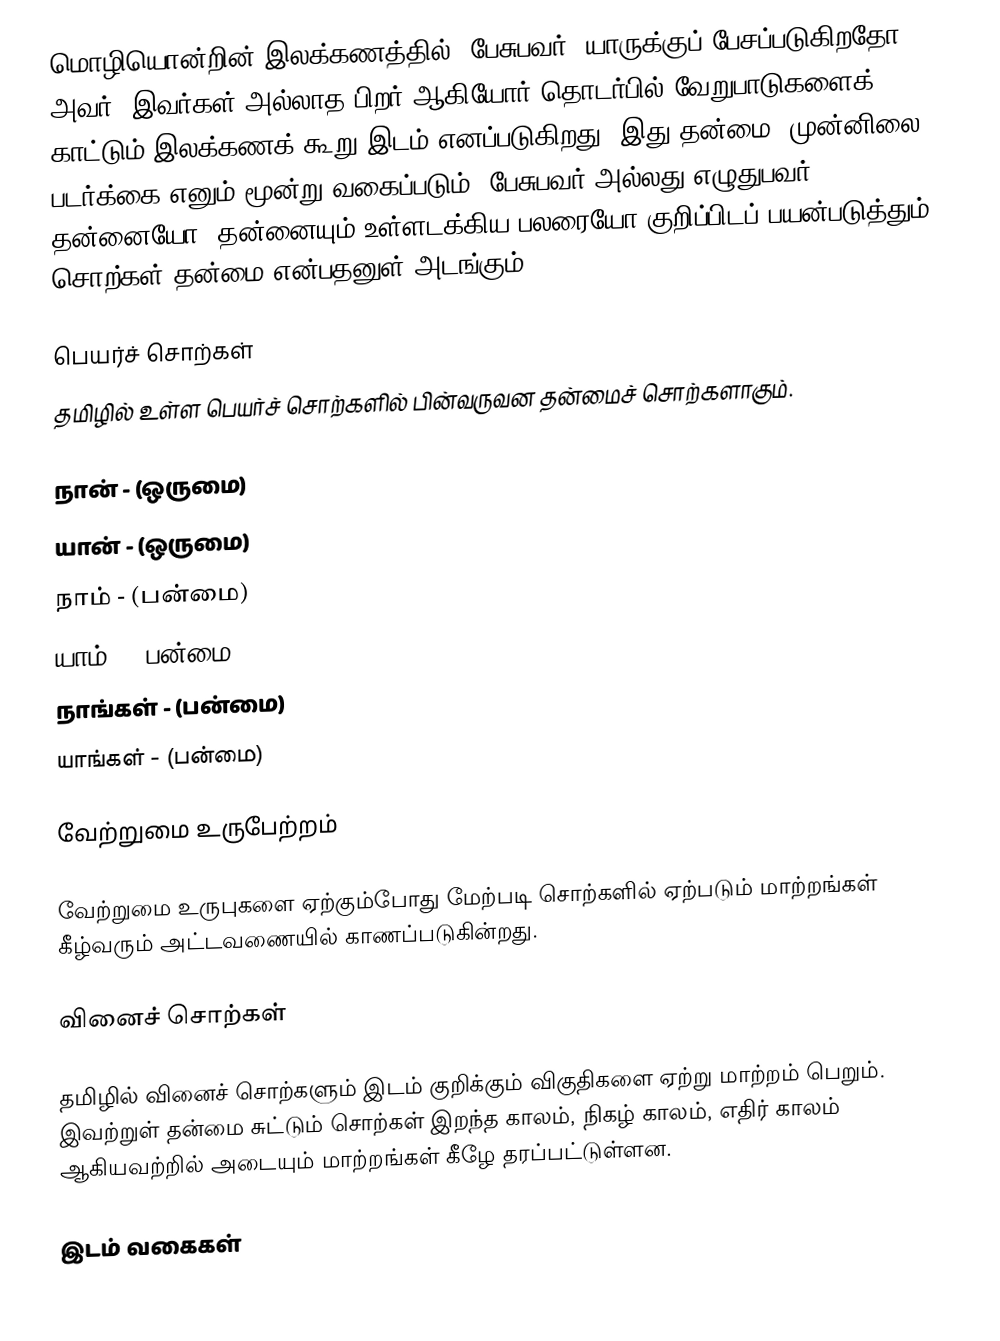
மொழியொன்றின் இலக்கணத்தில், பேசுபவர், யாருக்குப் பேசப்படுகிறதோ அவர், இவர்கள் அல்லாத பிறர் ஆகியோர் தொடர்பில் வேறுபாடுகளைக் காட்டும் இலக்கணக் கூறு இடம் எனப்படுகிறது. இது தன்மை, முன்னிலை, படர்க்கை எனும் மூன்று வகைப்படும். பேசுபவர் அல்லது எழுதுபவர் தன்னையோ, தன்னையும் உள்ளடக்கிய பலரையோ குறிப்பிடப் பயன்படுத்தும் சொற்கள் தன்மை என்பதனுள் அடங்கும்.

பெயர்ச் சொற்கள்
தமிழில் உள்ள பெயர்ச் சொற்களில் பின்வருவன தன்மைச் சொற்களாகும்.

 நான் - (ஒருமை)
 யான் - (ஒருமை)
 நாம் - (பன்மை)
 யாம் - (பன்மை)
 நாங்கள் - (பன்மை)
 யாங்கள் - (பன்மை)

வேற்றுமை உருபேற்றம்

வேற்றுமை உருபுகளை ஏற்கும்போது மேற்படி சொற்களில் ஏற்படும் மாற்றங்கள் கீழ்வரும் அட்டவணையில் காணப்படுகின்றது.

வினைச் சொற்கள்

தமிழில் வினைச் சொற்களும் இடம் குறிக்கும் விகுதிகளை ஏற்று மாற்றம் பெறும். இவற்றுள் தன்மை சுட்டும் சொற்கள் இறந்த காலம், நிகழ் காலம், எதிர் காலம் ஆகியவற்றில் அடையும் மாற்றங்கள் கீழே தரப்பட்டுள்ளன.

இடம் வகைகள்